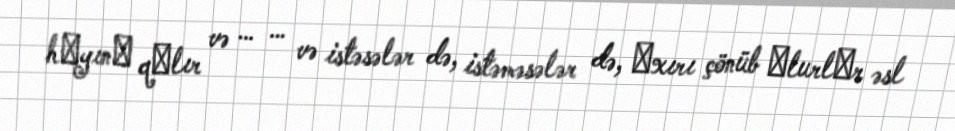
hаyınа qаlır və … … və istəsələr də, istəməsələr də, аxırı çönüb оlurlаr əsl